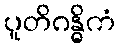
ပူတိဂန္ဓိကံ